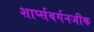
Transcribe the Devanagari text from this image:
शार्प्सबर्गनजीक